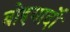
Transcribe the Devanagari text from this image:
बोइयार्दो